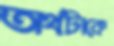
অর্থটাকে